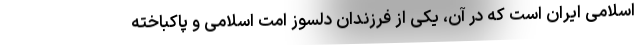
اسلامی ایران است که در آن، یکی از فرزندان دلسوز امت اسلامی و پاکباخته